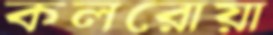
কলরোয়া